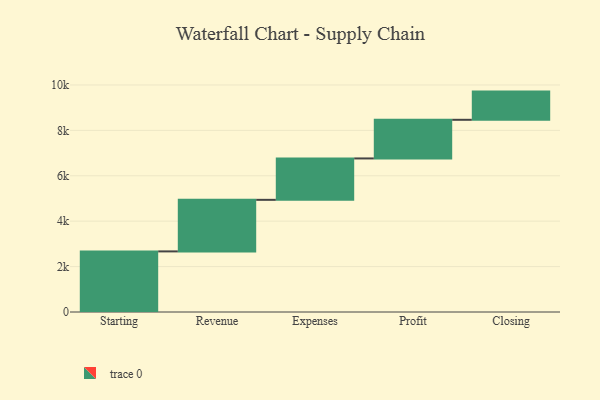
{"axis": {"x": "Step", "y": "Value"}, "legend": [""], "data": [{"x": "Starting", "y": 2669.0, "type": ""}, {"x": "Revenue", "y": 2271.0, "type": ""}, {"x": "Expenses", "y": 1823.0, "type": ""}, {"x": "Profit", "y": 1702.0, "type": ""}, {"x": "Closing", "y": 1242.0, "type": ""}]}